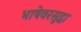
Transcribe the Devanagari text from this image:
भाषेवरसुद्धा